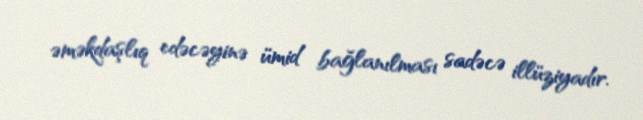
əməkdaşlıq edəcəyinə ümid bağlanılması sadəcə illüziyadır.